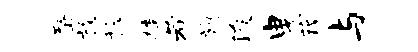
蝥放稔桂若旗浚曳藉与